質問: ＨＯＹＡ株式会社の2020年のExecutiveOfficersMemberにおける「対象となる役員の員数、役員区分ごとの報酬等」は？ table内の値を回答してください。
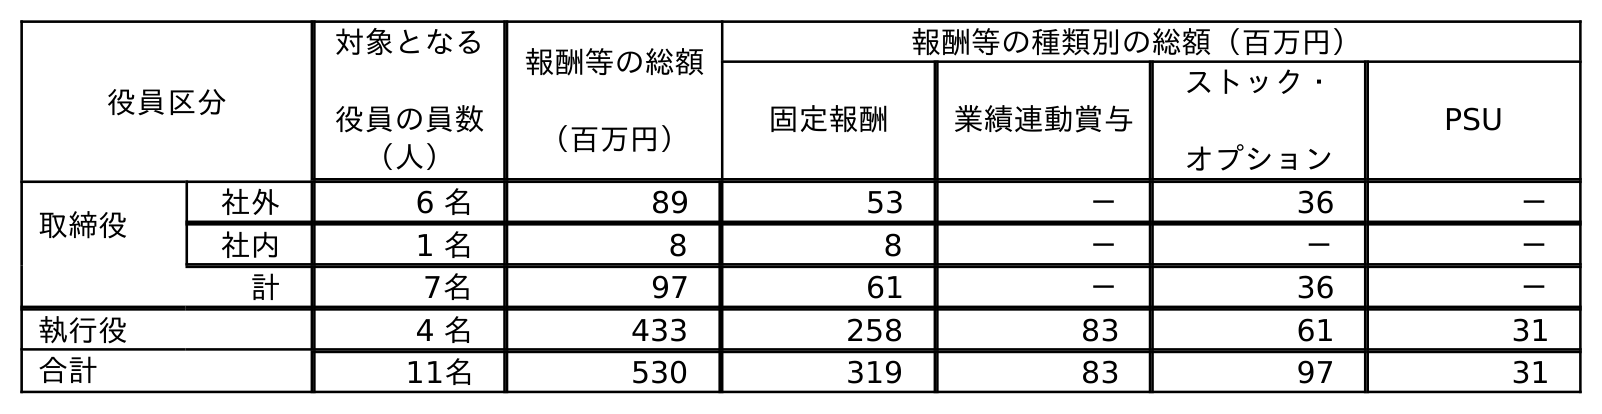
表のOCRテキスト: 役員区分 対象となる 役員の員数 （人） 報酬等の総額 （百万円） 報酬等の種類別の総額（百万円） 固定報酬 業績連動賞与 ストック・ オプション PSU 取締役 社外 6 名 89 53 － 36 － 社内 1 名 8 8 － － － 計 7名 97 61 － 36 － 執行役 4 名 433 258 83 61 31 合計 11名 530 319 83 97 31
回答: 4名